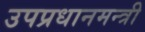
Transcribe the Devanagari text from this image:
उपप्रधानमन्त्री